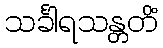
သင်္ခါရသန္တတိံ